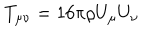
LaTeX: T _ { \mu \nu } = 1 6 \pi \rho U _ { \mu } U _ { \nu }